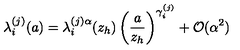
\lambda _ { i } ^ { ( j ) } ( a ) = \lambda _ { i } ^ { ( j ) \alpha } ( z _ { h } ) \left( \frac { a } { z _ { h } } \right) ^ { \gamma _ { i } ^ { ( j ) } } + { \cal O } ( \alpha ^ { 2 } )